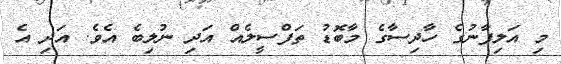
މި އަލިފާނުގެ ހާދިސާގެ މާބޮޑު ތަފްސީލެއް އަދި ނުލިބެ އެވެ. އަދި އެ